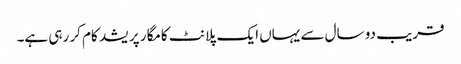
قریب دو سال سے یہاں ایک پلانٹ کامگار پریشد کام کر رہی ہے۔